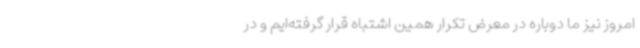
امروز نیز ما دوباره در معرض تکرار همین اشتباه قرار گرفته‌ایم و در